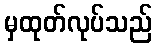
မှထုတ်လုပ်သည်